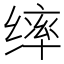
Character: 𫄴